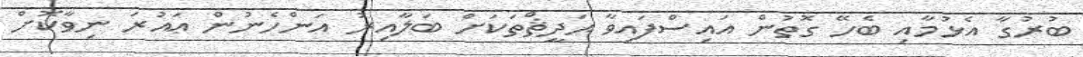
ބުރުގާ އެޅުމާއި ބެހޭ ގޮތުން އައިސްފައިވާ ޙަދީޘްތަކަށް ބަލާއިރު އަންހެނުން ޢައުރަ ނިވާކޮށް